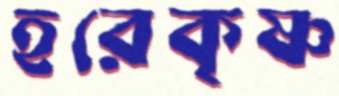
হরেকৃষ্ণ